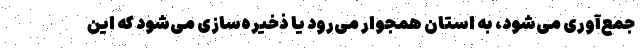
جمع‌آوری می‌شود، به استان همجوار می‌رود یا ذخیره‌سازی می‌شود که این